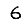
Digit: 6